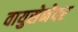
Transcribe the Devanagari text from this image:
वायुसेनेवर